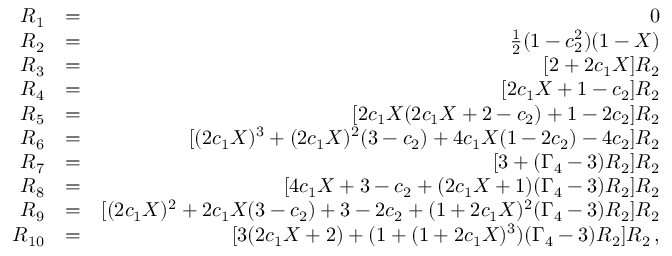
\begin{array} { r l r } { { \cal R } _ { 1 } } & { = } & { 0 } \\ { { \cal R } _ { 2 } } & { = } & { \frac { 1 } { 2 } ( 1 - c _ { 2 } ^ { 2 } ) ( 1 - X ) } \\ { { \cal R } _ { 3 } } & { = } & { [ 2 + 2 c _ { 1 } X ] { \cal R } _ { 2 } } \\ { { \cal R } _ { 4 } } & { = } & { [ 2 c _ { 1 } X + 1 - c _ { 2 } ] { \cal R } _ { 2 } } \\ { { \cal R } _ { 5 } } & { = } & { [ 2 c _ { 1 } X ( 2 c _ { 1 } X + 2 - c _ { 2 } ) + 1 - 2 c _ { 2 } ] { \cal R } _ { 2 } } \\ { { \cal R } _ { 6 } } & { = } & { [ ( 2 c _ { 1 } X ) ^ { 3 } + ( 2 c _ { 1 } X ) ^ { 2 } ( 3 - c _ { 2 } ) + 4 c _ { 1 } X ( 1 - 2 c _ { 2 } ) - 4 c _ { 2 } ] { \cal R } _ { 2 } } \\ { { \cal R } _ { 7 } } & { = } & { [ 3 + ( \Gamma _ { 4 } - 3 ) { \cal R } _ { 2 } ] { \cal R } _ { 2 } } \\ { { \cal R } _ { 8 } } & { = } & { [ 4 c _ { 1 } X + 3 - c _ { 2 } + ( 2 c _ { 1 } X + 1 ) ( \Gamma _ { 4 } - 3 ) { \cal R } _ { 2 } ] { \cal R } _ { 2 } } \\ { { \cal R } _ { 9 } } & { = } & { [ ( 2 c _ { 1 } X ) ^ { 2 } + 2 c _ { 1 } X ( 3 - c _ { 2 } ) + 3 - 2 c _ { 2 } + ( 1 + 2 c _ { 1 } X ) ^ { 2 } ( \Gamma _ { 4 } - 3 ) { \cal R } _ { 2 } ] { \cal R } _ { 2 } } \\ { { \cal R } _ { 1 0 } } & { = } & { [ 3 ( 2 c _ { 1 } X + 2 ) + ( 1 + ( 1 + 2 c _ { 1 } X ) ^ { 3 } ) ( \Gamma _ { 4 } - 3 ) { \cal R } _ { 2 } ] { \cal R } _ { 2 } \, , } \end{array}